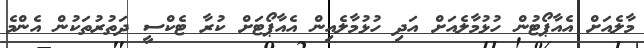
މާލެއަށް އެއާޕޯޓުން ހުޅުމާލެއަށް އަދި ހުޅުމާލެއިން އެއާޕޯޓަށް ކުރާ ޓެކްސީ ދަތުރުތަކުން އެންމެ